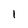
Character: 1